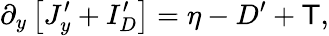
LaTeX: \partial_{y}\left[J_{y}^{\prime}+I_{D}^{\prime}\right]=\eta-D^{\prime}+\mathsf{T},